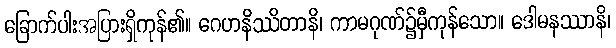
ခြောက်ပါးအပြားရှိကုန်၏။ ဂေဟနိဿိတာနိ၊ ကာမဂုဏ်၌မှီကုန်သော။ ဒေါမနဿာနိ၊